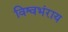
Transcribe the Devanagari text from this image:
विश्वभंराय